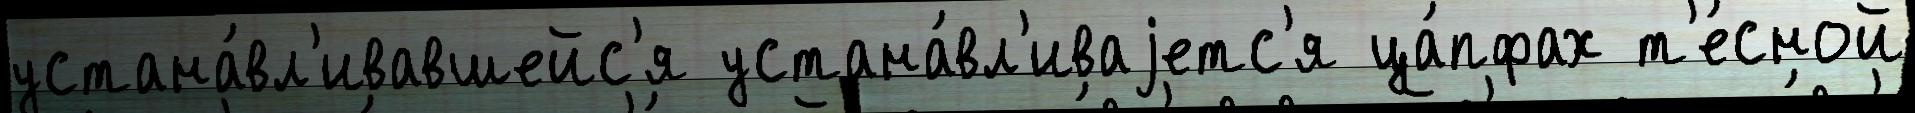
устана́вл'ивавшейс'я устана́вл'иваjетс'я ца́пфах т'е́сной